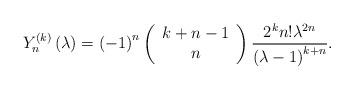
LaTeX: \begin{align*}Y_{n}^{\left( k\right) }\left( \lambda \right) =\left( -1\right) ^{n} \left( \begin{array}{c}k+n-1 \\ n\end{array}\right) \frac{2^{k}n!\lambda ^{2n}}{\left( \lambda -1\right) ^{k+n}}.\end{align*}